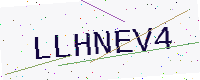
Text: LLHNEV4